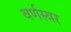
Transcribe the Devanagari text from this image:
वर्णस्वर